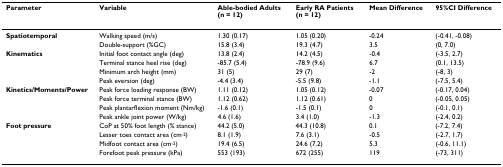
<table><thead><tr><td><b>Parameter</b></td><td><b>Variable</b></td><td><b>Able-bodied Adults (n = 12)</b></td><td><b>Early RA Patients (n = 12)</b></td><td><b>Mean Difference</b></td><td><b>95%CI Difference</b></td></tr></thead><tbody><tr><td><b>Spatiotemporal</b></td><td>Walking speed (m/s)</td><td>1.30 (0.17)</td><td>1.05 (0.20)</td><td>-0.24</td><td>(-0.41, -0.08)</td></tr><tr><td></td><td>Double-support (%GC)</td><td>15.8 (3.4)</td><td>19.3 (4.7)</td><td>3.5</td><td>(0, 7.0)</td></tr><tr><td><b>Kinematics</b></td><td>Initial foot contact angle (deg)</td><td>13.8 (2.4)</td><td>14.2 (4.5)</td><td>-0.4</td><td>(-3.5, 2.7)</td></tr><tr><td></td><td>Terminal stance heel rise (deg)</td><td>-85.7 (5.4)</td><td>-78.9 (9.6)</td><td>6.7</td><td>(0.1, 13.5)</td></tr><tr><td></td><td>Minimum arch height (mm)</td><td>31 (5)</td><td>29 (7)</td><td>-2</td><td>(-8, 3)</td></tr><tr><td></td><td>Peak eversion (deg)</td><td>-4.4 (3.4)</td><td>-5.5 (9.8)</td><td>-1.1</td><td>(-7.5, 5.4)</td></tr><tr><td><b>Kinetics/Moments/Power</b></td><td>Peak force loading response (BW)</td><td>1.11 (0.12)</td><td>1.05 (0.12)</td><td>-0.07</td><td>(-0.17, 0.04)</td></tr><tr><td></td><td>Peak force terminal stance (BW)</td><td>1.12 (0.62)</td><td>1.12 (0.61)</td><td>0</td><td>(-0.05, 0.05)</td></tr><tr><td></td><td>Peak plantarflexion moment (Nm/kg)</td><td>-1.6 (0.1)</td><td>-1.5 (0.1)</td><td>0</td><td>(-0.1, 0.1)</td></tr><tr><td></td><td>Peak ankle joint power (W/kg)</td><td>4.6 (1.6)</td><td>3.4 (1.0)</td><td>-1.3</td><td>(-2.4, 0.2)</td></tr><tr><td><b>Foot pressure</b></td><td>CoP at 50% foot length (% stance)</td><td>44.2 (5.0)</td><td>44.3 (10.8)</td><td>0.1</td><td>(-7.2, 7.4)</td></tr><tr><td></td><td>Lesser toes contact area (cm<sup>-2</sup>)</td><td>8.1 (1.9)</td><td>7.6 (3.1)</td><td>-0.5</td><td>(-2.7, 1.7)</td></tr><tr><td></td><td>Midfoot contact area (cm<sup>-2</sup>)</td><td>19.4 (6.5)</td><td>24.6 (7.2)</td><td>5.3</td><td>(-0.6, 11.1)</td></tr><tr><td></td><td>Forefoot peak pressure (kPa)</td><td>553 (193)</td><td>672 (255)</td><td>119</td><td>(-73, 311)</td></tr></tbody></table>